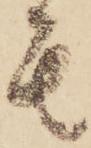
其